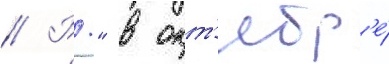
// Р." в окт'ябр'е́